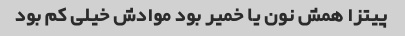
پیتزا همش نون یا خمیر بود موادش خیلی کم بود